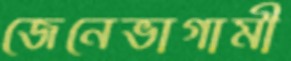
জেনেভাগামী